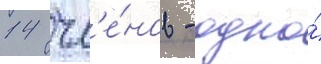
14 чл'е́нов - одно́